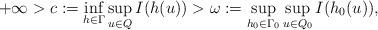
LaTeX: \begin{align*}+\infty > c := \inf_{h\in\Gamma}\sup_{u \in Q}I(h(u)) > \omega := \sup_{h_0\in\Gamma_0}\sup_{u\in Q_0}I(h_0(u)),\end{align*}